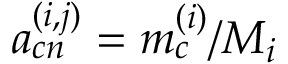
a _ { c n } ^ { ( i , j ) } = m _ { c } ^ { ( i ) } / M _ { i }